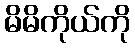
မိမိကိုယ်ကို